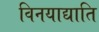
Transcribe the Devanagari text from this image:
विनयाद्याति